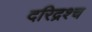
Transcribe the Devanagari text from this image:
दरिद्रश्च